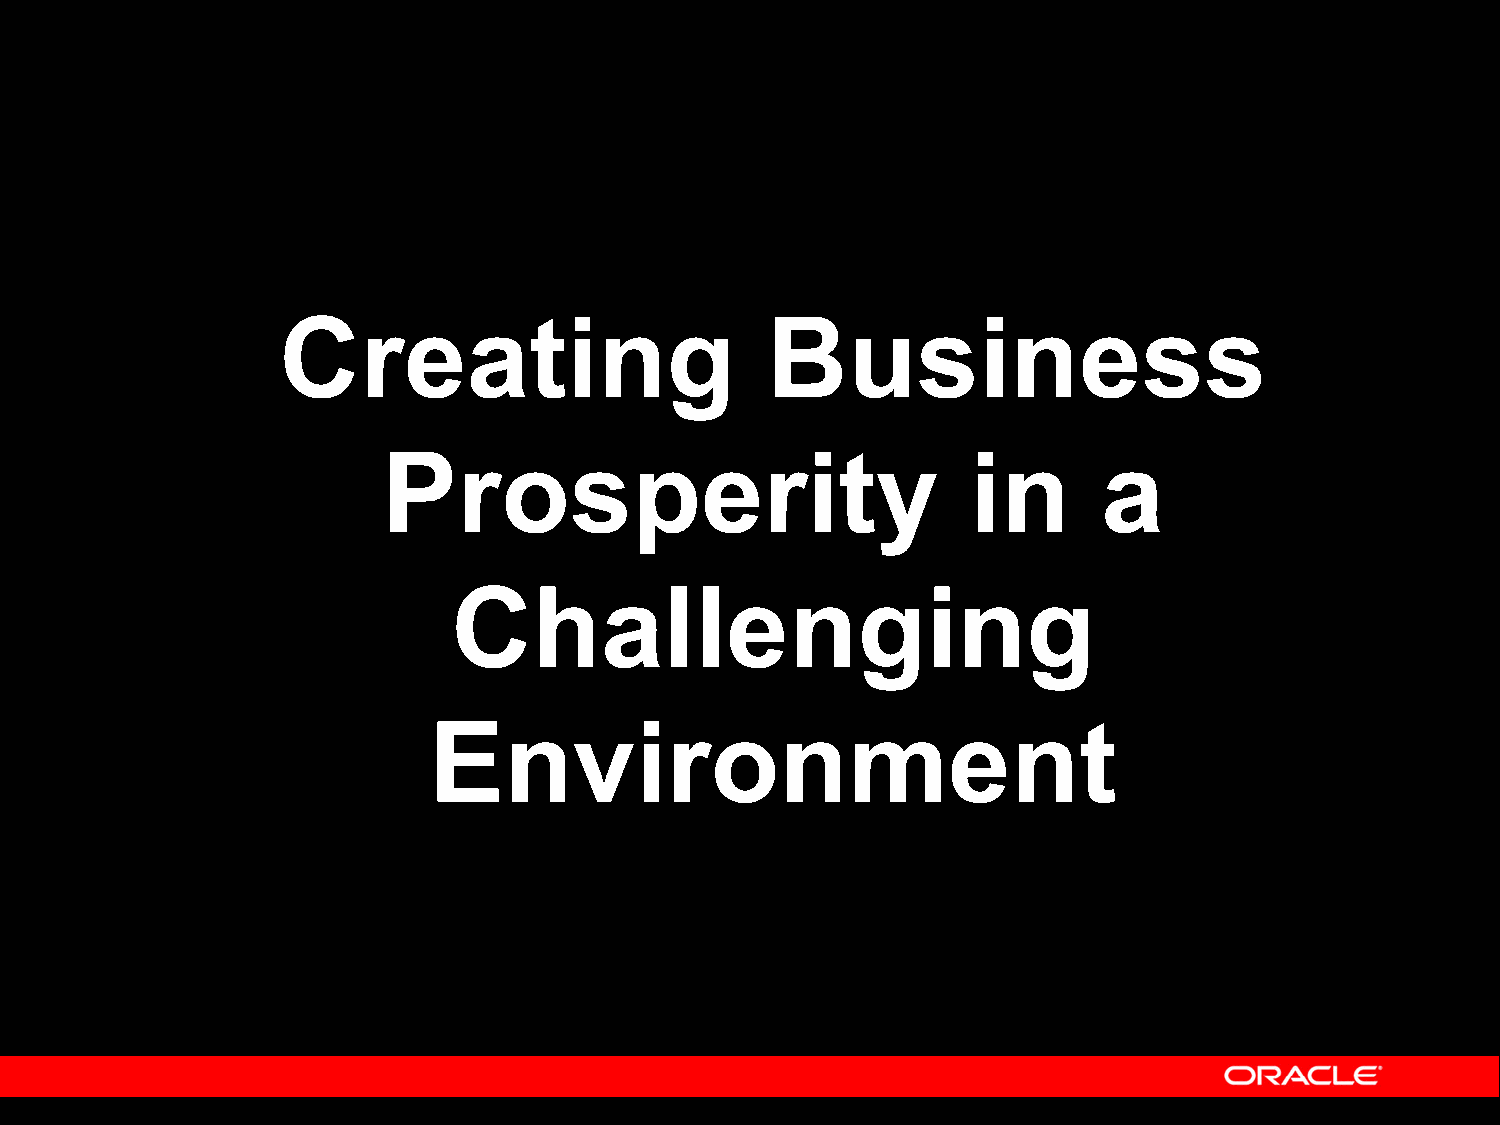
Creating                         Business
 Prosperity                             in       a
 Challenging
 Environment